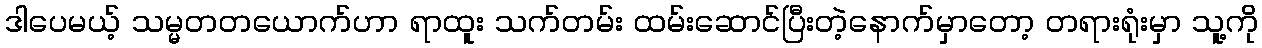
ဒါပေမယ့် သမ္မတတယောက်ဟာ ရာထူး သက်တမ်း ထမ်းဆောင်ပြီးတဲ့နောက်မှာတော့ တရားရုံးမှာ သူ့ကို